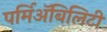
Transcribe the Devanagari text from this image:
पर्मिअॅबिलिटी